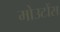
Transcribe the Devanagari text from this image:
मोउटोंस